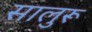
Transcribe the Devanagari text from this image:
सालुरू